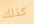
كذلك